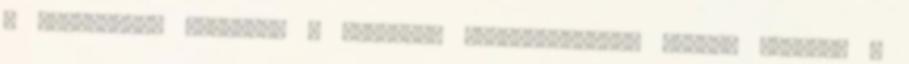
a megüresedő kabinba. A szomszéd matrózkabinban ketten laknak. A